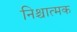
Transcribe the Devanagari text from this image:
निश्चात्मक